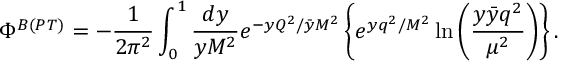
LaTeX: \Phi ^ { B ( P T ) } = - \frac { 1 } { 2 \pi ^ { 2 } } \int _ { 0 } ^ { 1 } \frac { d y } { y M ^ { 2 } } e ^ { - { y Q ^ { 2 } } / { \bar { y } M ^ { 2 } } } \left\{ e ^ { { y q ^ { 2 } } / { M ^ { 2 } } } \ln { \left( \frac { y \bar { y } q ^ { 2 } } { \mu ^ { 2 } } \right) } \right\} .